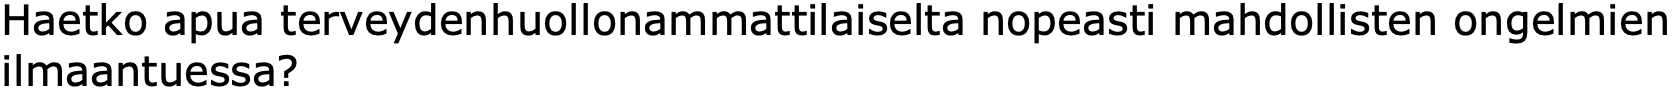
Haetko apua terveydenhuollonammattilaiselta nopeasti mahdollisten ongelmien ilmaantuessa?